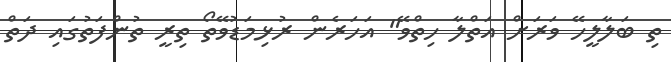
ތި ބަލާލީހޭ ވަރަށް އަތްލާ ހިތްވޭ" އަހަރެން ރުޅިމަޑުވޭތޯ ތިރީ ތުންފަތުގައި ދަތް